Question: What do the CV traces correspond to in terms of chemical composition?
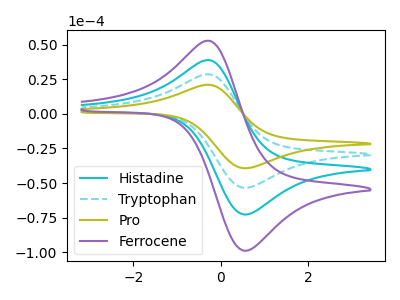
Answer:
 <answer>The cyan curve is labeled "Histadine". The cyan dashed curve is labeled "Tryptophan". The olive curve is labeled "Pro". The purple curve is labeled "Ferrocene".</answer>
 <eval></eval>